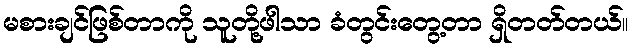
မစားချင်ဖြစ်တာကို သူတို့ဖါသာ ခံတွင်းတွေ့တာ ရှိတတ်တယ်။